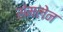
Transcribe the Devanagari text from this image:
संमलेन